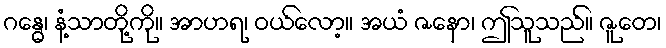
ဂန္ဓေ၊ နံ့သာတို့ကို။ အာဟရ၊ ဝယ်လော့။ အယံ ဇနော၊ ဤသူသည်။ ဇူတေ၊